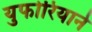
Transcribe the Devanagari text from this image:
युफोरियाने